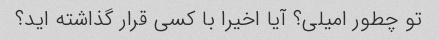
تو چطور امیلی؟ آیا اخیرا با کسی قرار گذاشته اید؟